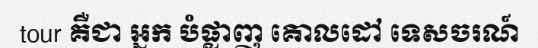
tour គឺជា អ្នក បំផ្លាញ គោលដៅ ទេសចរណ៍